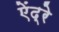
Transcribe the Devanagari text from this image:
ऐंद्रे